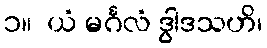
၁။  ယံ မင်္ဂလံ ဒွါဒသဟိ၊